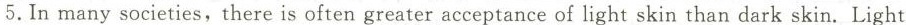
5.In many societies,there is often greater acceptance of light skin than dark skin. Light